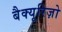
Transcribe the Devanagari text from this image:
बैक्यूरिज़ो